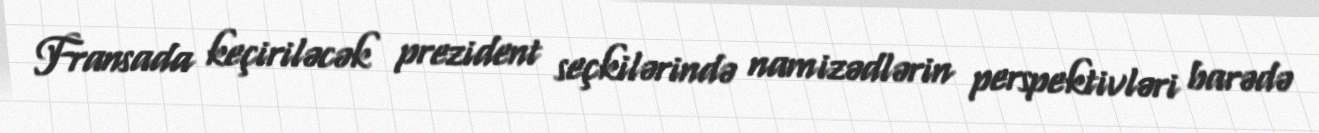
Fransada keçiriləcək prezident seçkilərində namizədlərin perspektivləri barədə